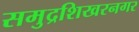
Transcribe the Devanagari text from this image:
समुद्रशिखरनगर